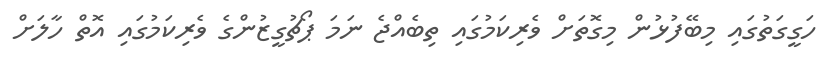
ހަގީގަތުގައި މިބޭފުޅުން މިގޮތަށް ވެރިކަމުގައި ތިބެއްޖެ ނަމަ ޕޯޗުގީޒުންގެ ވެރިކަމުގައި އޮތް ހާލަށް